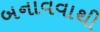
બનાવવાથી